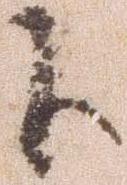
下